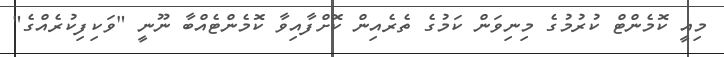
މިއީ ކޮމެންޓް ކުރުމުގެ މިނިވަން ކަމުގެ ތެރެއިން ކޮށްފާއިވާ ކޮމެންޓެއްބާ ނޫނީ "ވަކިފިކުރެއްގެ"